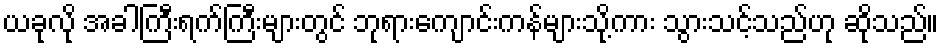
ယခုလို အခါကြီးရက်ကြီးများတွင် ဘုရားကျောင်းကန်များသို့ကား သွားသင့်သည်ဟု ဆိုသည်။